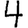
Digit: 4